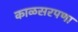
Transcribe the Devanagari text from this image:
काळसरपणा